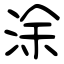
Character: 涂